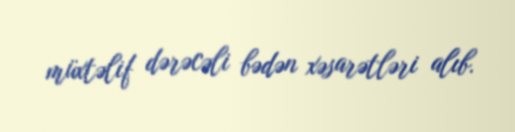
müxtəlif dərəcəli bədən xəsarətləri alıb.